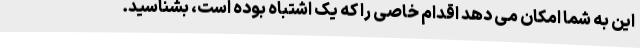
این به شما امکان می دهد اقدام خاصی را که یک اشتباه بوده است، بشناسید.